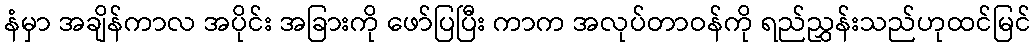
နံမှာ အချိန်ကာလ အပိုင်း အခြားကို ဖော်ပြပြီး ကာက အလုပ်တာဝန်ကို ရည်ညွှန်းသည်ဟုထင်မြင်